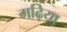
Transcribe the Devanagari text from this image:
मढ़िया